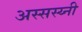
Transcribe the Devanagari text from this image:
अस्सस्य्नी